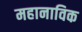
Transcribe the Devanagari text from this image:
महानाविक